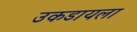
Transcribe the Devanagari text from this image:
उकडायला